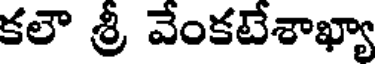
కలౌ శ్రీ వేంకటేశాఖ్యా